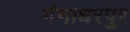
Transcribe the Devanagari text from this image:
गंगाधरपुर